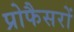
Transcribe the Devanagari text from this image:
प्रोफैसरों